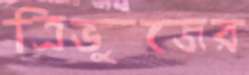
ত্রিভুজের